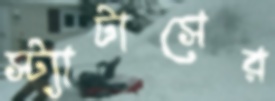
স্ট্যাটাসের